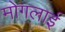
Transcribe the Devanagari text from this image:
मोगलार्इ